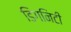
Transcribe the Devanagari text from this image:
डिगनिटी